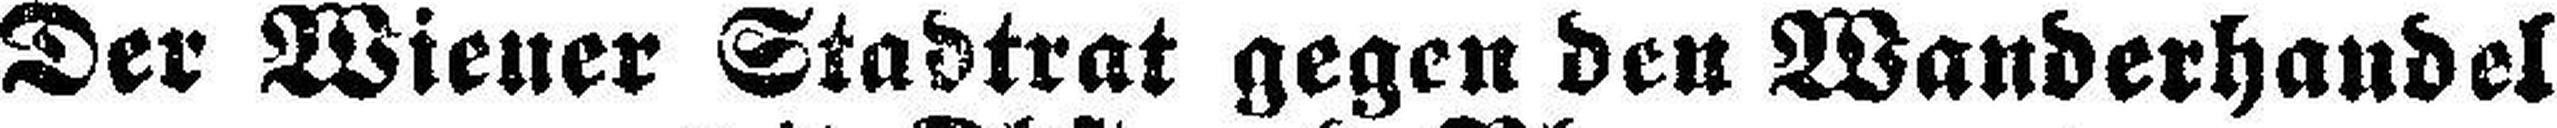
Der Wiener Stadtrat gegen den Wanderhandel